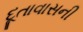
દૂતાવાસની